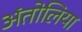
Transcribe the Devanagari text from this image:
अंतोलिया